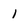
Character: I